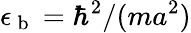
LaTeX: \epsilon_{\mathrm{~b~}}=\hbar^{2}/(ma^{2})